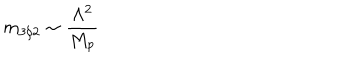
LaTeX: m _ { 3 / 2 } \sim \frac { \Lambda ^ { 2 } } { M _ { p } }